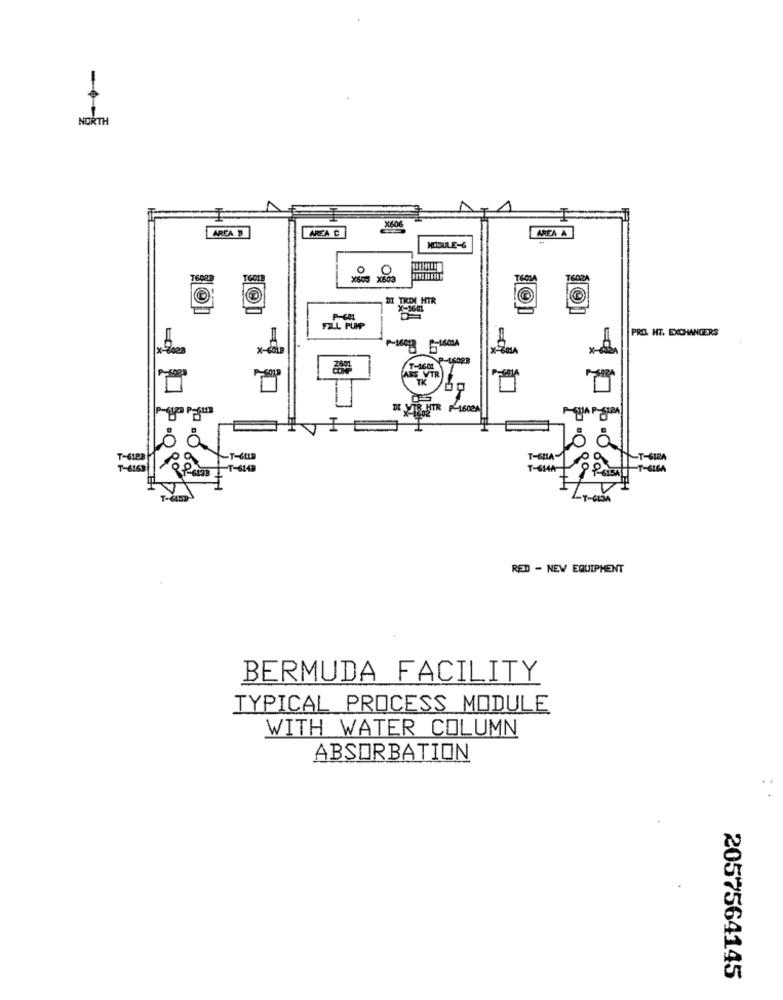
NORTH
AREA C
AREA A
AREA
MODULE-6
o
O
T602B
X605 X503
DI TRDI HTR
X-1601
PRIL HT. EXCHANGERS
P-16012
T-1601
DE WIR HTR P-1600A
X-4602
SWAP-SSIPA
T-6123
-T-SIBA
6198
-T-6149
TH
LT-GIDA
RED - NEW EQUIPMENT
BERMUDA FACILITY
TYPICAL PROCESS MODULE
WITH WATER COLUMN
ABSORBATION
2057564145